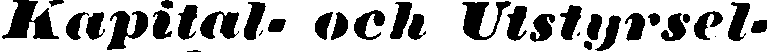
Kapital- och Utstyrsel-